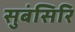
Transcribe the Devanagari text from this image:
सुबंसिरि